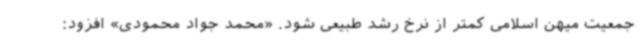
جمعیت میهن اسلامی کمتر از نرخ رشد طبیعی شود. «محمد جواد محمودی» افزود: